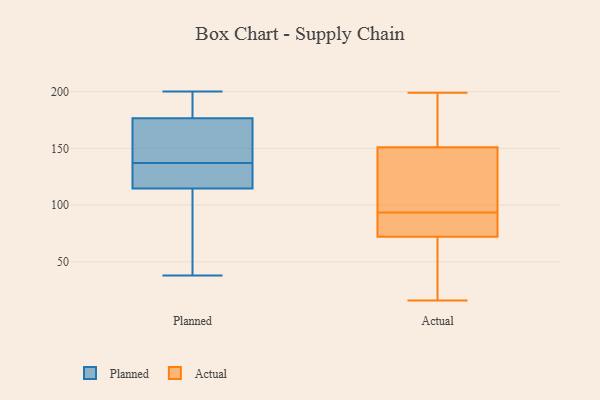
{"axis": {"x": "Latency (ms)", "y": "Value"}, "legend": ["Actual", "Planned"], "data": [{"x": "", "y": 116, "type": "Planned"}, {"x": "", "y": 76, "type": "Planned"}, {"x": "", "y": 137, "type": "Planned"}, {"x": "", "y": 129, "type": "Planned"}, {"x": "", "y": 114, "type": "Planned"}, {"x": "", "y": 196, "type": "Planned"}, {"x": "", "y": 58, "type": "Planned"}, {"x": "", "y": 38, "type": "Planned"}, {"x": "", "y": 181, "type": "Planned"}, {"x": "", "y": 162, "type": "Planned"}, {"x": "", "y": 200, "type": "Planned"}, {"x": "", "y": 149, "type": "Planned"}, {"x": "", "y": 182, "type": "Planned"}, {"x": "", "y": 135, "type": "Planned"}, {"x": "", "y": 163, "type": "Planned"}, {"x": "", "y": 62, "type": "Actual"}, {"x": "", "y": 92, "type": "Actual"}, {"x": "", "y": 175, "type": "Actual"}, {"x": "", "y": 158, "type": "Actual"}, {"x": "", "y": 146, "type": "Actual"}, {"x": "", "y": 92, "type": "Actual"}, {"x": "", "y": 51, "type": "Actual"}, {"x": "", "y": 133, "type": "Actual"}, {"x": "", "y": 82, "type": "Actual"}, {"x": "", "y": 162, "type": "Actual"}, {"x": "", "y": 95, "type": "Actual"}, {"x": "", "y": 127, "type": "Actual"}, {"x": "", "y": 199, "type": "Actual"}, {"x": "", "y": 24, "type": "Actual"}, {"x": "", "y": 87, "type": "Actual"}, {"x": "", "y": 26, "type": "Actual"}, {"x": "", "y": 16, "type": "Actual"}, {"x": "", "y": 156, "type": "Actual"}, {"x": "", "y": 82, "type": "Actual"}, {"x": "", "y": 100, "type": "Actual"}]}